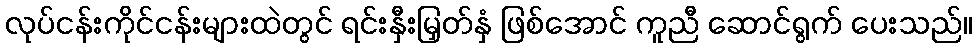
လုပ်ငန်းကိုင်ငန်းများထဲတွင် ရင်းနှီးမြှတ်နှံ ဖြစ်အောင် ကူညီ ဆောင်ရွက် ပေးသည်။